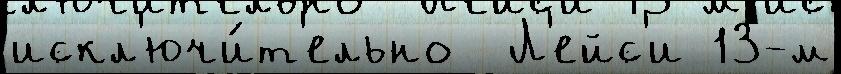
искл'ючи́т'ельно  Л'ейс'и 13-м